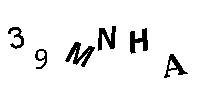
39MNHA